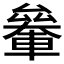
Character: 𰹞